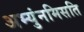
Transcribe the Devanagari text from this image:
अभ्युंनमिसति